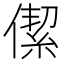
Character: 𠎧